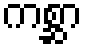
ကစ္ဆာ